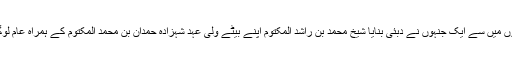
اس میں دکھایا گیا ہے کہ دنیا کے امیر ترین لوگوں میں سے ایک جنہوں نے دبئی بنایا شیخ محمد بن راشد المکتوم اپنے بیٹے ولی عہد شہزادہ حمدان بن محمد المکتوم کے ہمراہ عام لوگوں کی طرح لندن کی ٹرین میں سفر کررہے ہیں۔